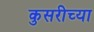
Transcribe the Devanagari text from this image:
कुसरीच्या